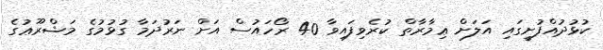
ކުޅުދުއްފުށީގައި އަލަށް ޢިމާރާތް ކުރެވިފައިވާ 40 ރޯހައުސް އަށް ނަރުދަމާ ގުޅުމުގެ މަޝްރޫޢުގެ